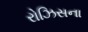
રોઝિસના